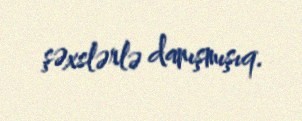
şəxslərlə danışmışıq.